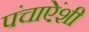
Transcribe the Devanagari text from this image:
पंचाऐंशी